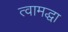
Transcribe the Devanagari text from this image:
त्वामद्धा